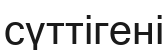
сүттігені